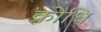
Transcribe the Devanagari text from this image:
क्रोधि